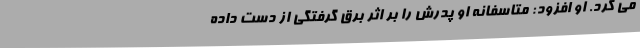
می کرد. او افزود: متاسفانه او پدرش را بر اثر برق گرفتگی از دست داده